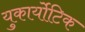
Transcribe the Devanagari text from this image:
युकार्योटिक